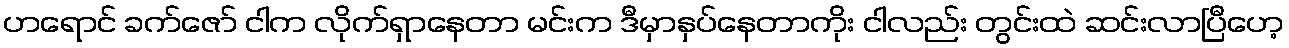
ဟရောင် ခက်ဇော် ငါက လိုက်ရှာနေတာ မင်းက ဒီမှာနှပ်နေတာကိုး ငါလည်း တွင်းထဲ ဆင်းလာပြီဟေ့